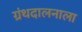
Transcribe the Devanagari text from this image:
ग्रंथदालनाला